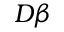
D \beta